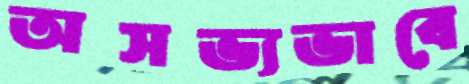
অসভ্যভাবে